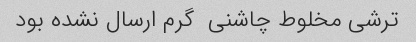
ترشی مخلوط چاشنی  گرم ارسال نشده بود